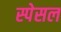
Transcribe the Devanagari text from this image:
स्पेसल